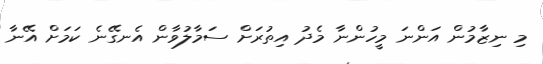
މި ނިޒާމުން އަންނަ މީހުންނާ މެދު އިތުރަށް ސަމާލުވާން އެނގޭނެ ކަމަށް އޭނާ